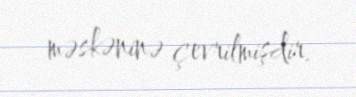
məskəninə çevrilmişdir.